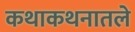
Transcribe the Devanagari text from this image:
कथाकथनातले